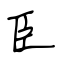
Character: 臣